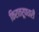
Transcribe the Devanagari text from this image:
किरातरूपधारी